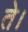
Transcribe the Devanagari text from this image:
ते।